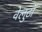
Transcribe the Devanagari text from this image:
वेलुटाॅ